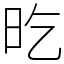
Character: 㫓